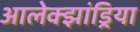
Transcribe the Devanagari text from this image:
आलेक्झांड्रिया